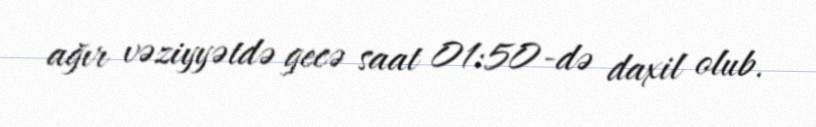
ağır vəziyyətdə gecə saat 01:50-də daxil olub.